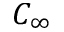
C _ { \infty }